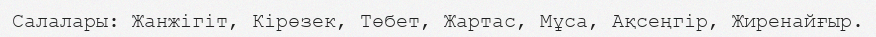
Салалары: Жанжігіт, Кірөзек, Төбет, Жартас, Мұса, Ақсеңгір, Жиренайғыр.